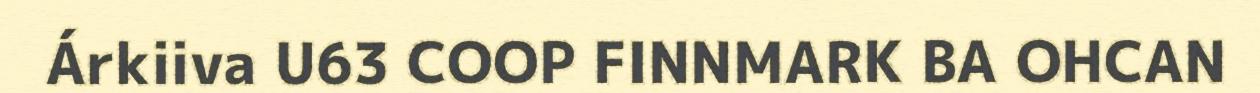
Árkiiva U63 COOP FINNMARK BA OHCAN